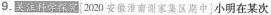
9. 关注科学探究 [2020安徽淮南谢家集区期中] 小明在某次